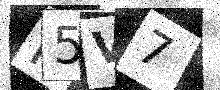
Text: P5V7